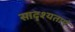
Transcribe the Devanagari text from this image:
सादृश्यताएं